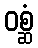
ဝစ္ဆံ